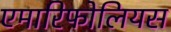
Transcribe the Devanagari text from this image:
एमारिफोलियस